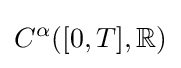
C^{\alpha }([0,T],\mathbb {R} )